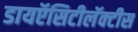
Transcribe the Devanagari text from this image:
डायऍसिटीलॅक्‍टीस